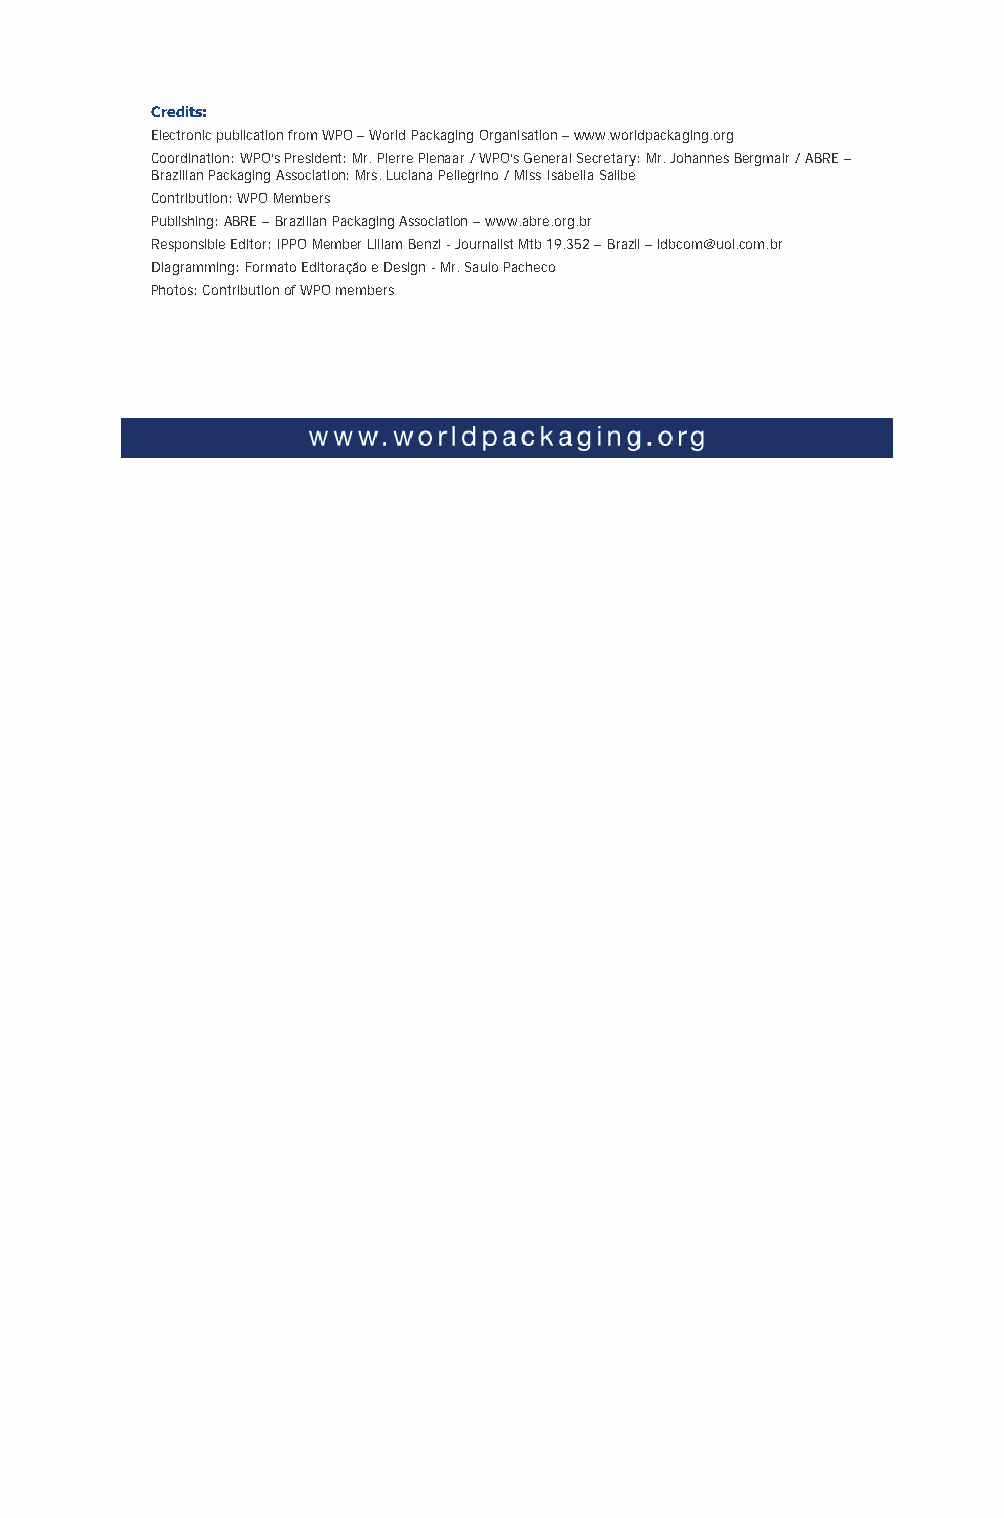
Credits:
 Electronic publication from WPO – World Packaging Organisation – www.worldpackaging.org
 Coordination: WPO’s President: Mr. Pierre Pienaar / WPO’s General Secretary: Mr. Johannes Bergmair / ABRE –
 Brazilian Packaging Association: Mrs. Luciana Pellegrino / Miss Isabella Salibe
 Contribution: WPO Members
 Publishing: ABRE – Brazilian Packaging Association – www.abre.org.br
 Responsible Editor: IPPO Member Liliam Benzi - Journalist Mtb 19.352 – Brazil – ldbcom@uol.com.br
 Diagramming: Formato Editoração e Design - Mr. Saulo Pacheco
 Photos: Contribution of WPO members